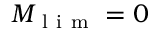
M _ { \mathrm { ~ l ~ i ~ m ~ } } = 0